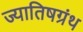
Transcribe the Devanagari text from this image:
ज्यातिषग्रंथ